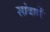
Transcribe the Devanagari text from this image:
सांबानें